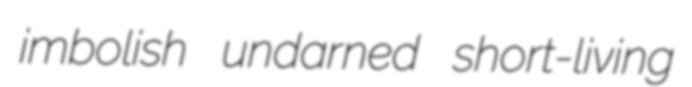
imbolish undarned short-living